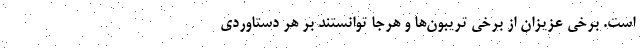
است. برخی عزیزان از برخی تریبون‌ها و هرجا توانستند بر هر دستاوردی